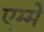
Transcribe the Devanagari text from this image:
एम्मे